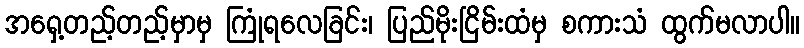
အရှေ့တည့်တည့်မှာမှ ကြုံရလေခြင်း၊ ပြည်မိုးငြိမ်းထံမှ စကားသံ ထွက်မလာပါ။